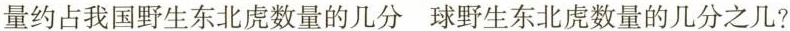
量约占我国野生东北虑数量的几分 球野生东北虎数量的几分之几?